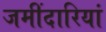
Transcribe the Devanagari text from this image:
जमींदारियां